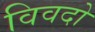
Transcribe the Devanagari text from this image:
विवदो